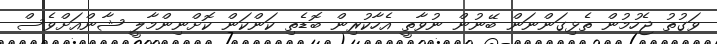
ވަގުތު ޖެހުމުން ތެޅިގަންނަން ބޭނުން ނުވާތީ އެހާކުރިން ބޮޑެތި ކަންކަން ކޮށްނިންމާލީ ޝާންއަށްވެސް